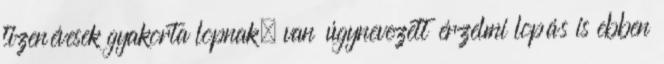
tizenévesek gyakorta lopnak, van úgynevezett érzelmi lopás is ebben